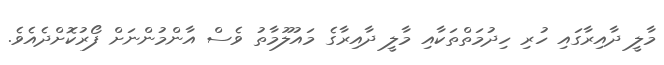
މާލީ ދާއިރާގައި ހުރި ހިދުމަތްތަކާއި މާލީ ދާއިރާގެ މައުލޫމާތު ވެސް އާންމުންނަށް ފޯރުކޮށްދެއެވެ.